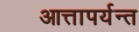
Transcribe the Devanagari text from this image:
आत्तापर्यन्त